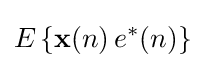
E\left\{\mathbf {x} (n)\,e^{*}(n)\right\}